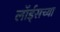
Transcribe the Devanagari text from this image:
लॉर्ड्‌सच्या